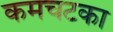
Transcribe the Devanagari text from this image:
कमचटका